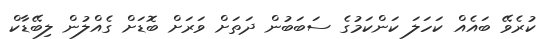
ކުރެވޭ ބައެއް ކަހަަލަ ކަންކަމުގެ ސަބަބުން ދަތަށް ވަރަށް ބޮޑަށް ގެއްލުން ލިބޭޑާކް